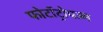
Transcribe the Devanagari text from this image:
फोटॉट्रोपज्म